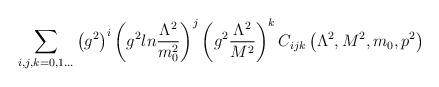
LaTeX: \begin{align*}\sum_{i,j,k=0,1...}\left( g^2\right)^i\left( g^2ln{\Lambda^2\over m_0^2}\right)^j\left( g^2{\Lambda^2\over M^2}\right)^kC_{ijk}\left(\Lambda^2, M^2, m_0, p^2 \right)\end{align*}